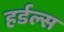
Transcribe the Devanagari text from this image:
हर्डल्स